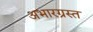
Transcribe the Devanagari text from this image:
अभारग्रस्त